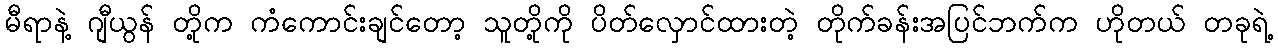
မီရာနဲ့ ဂျီယွန် တို့က ကံကောင်းချင်တော့ သူတို့ကို ပိတ်လှောင်ထားတဲ့ တိုက်ခန်းအပြင်ဘက်က ဟိုတယ် တခုရဲ့